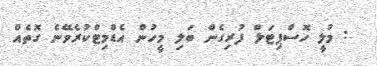
: މުލީ ހޮސްޕިޓަލް ފުރިގެން ބަލި މީހުން އެޑްމިޓްކުރެވޭނެ ގޮތެއް